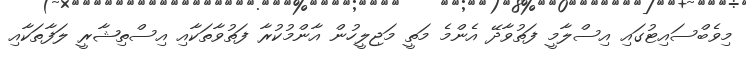
މިވެބްސައިޓުގައި އިސްލާމީ ފަތުވާދޭ އެންމެ މަތީ މަޖިލީހުން އާންމުކުރާ ފަތުވާތަކާއި އިސްތިޝާރީ ލަފާތަކާއި